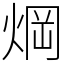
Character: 焵